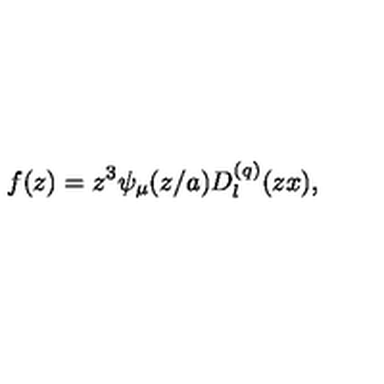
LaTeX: f ( z ) = z ^ { 3 } \psi _ { \mu } ( z / a ) D _ { l } ^ { ( q ) } ( z x ) ,